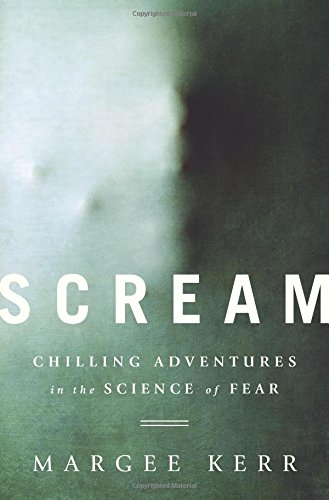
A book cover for Scream: Chilling Adventures in the Science of Fear; Margee Kerr; Humor & Entertainment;